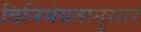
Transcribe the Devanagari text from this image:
विनिमेयतानुसार